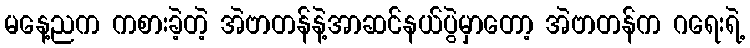
မနေ့ညက ကစားခဲ့တဲ့ အဲဗာတန်နဲ့အာဆင်နယ်ပွဲမှာတော့ အဲဗာတန်က ဂရေးရဲ့